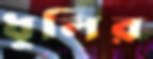
ধুলির